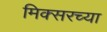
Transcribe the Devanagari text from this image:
मिक्सरच्या